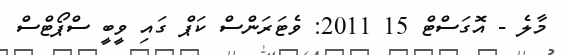
މާލެ - އޮގަސްޓް 15 2011: ވެޓަރަންސް ކަޕް ގައި ވީބީ ސްޕޯޓްސް